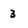
Character: 3